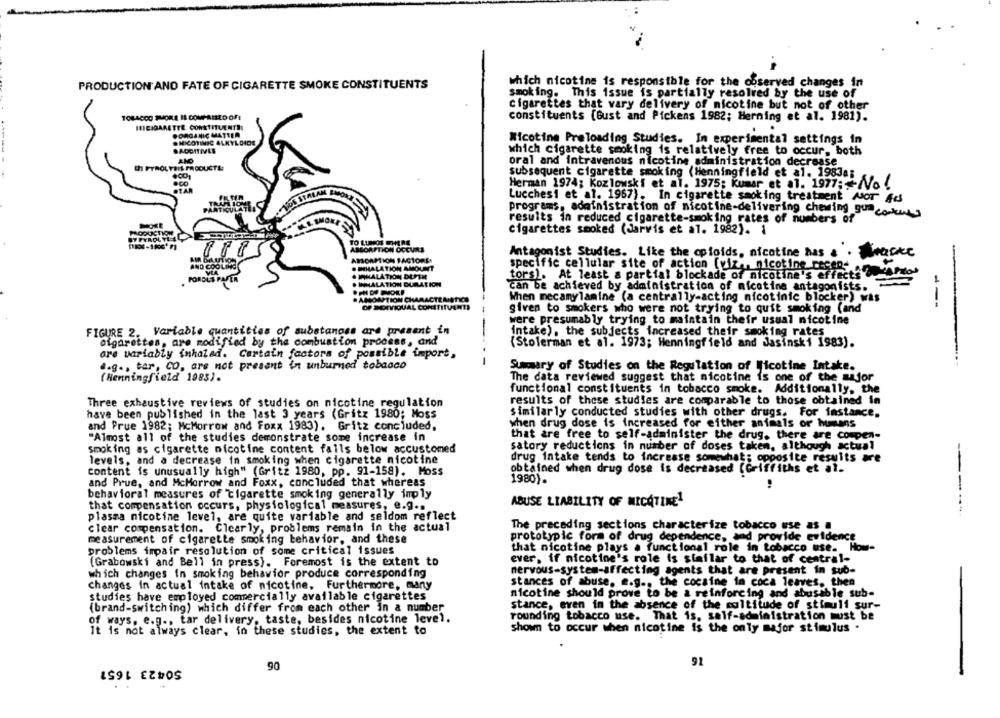
PRODUCTION AND FATE OF CIGARETTE SMOKE CONSTITUENTS
which nicotine is responsible for the observed changes in
smoking. This issue is partially resolved by the use of
Cigarettes that vary delivery of nicotine but not of other
TOBACCO SHORE IL COMPARED OF!
constituents [Gust and Pickens 1982; Herning et al. 1981).
HICIGARETTE CONSTITUENTS:
ORGANIC MATTER
.NICOTINIC ALKYLDIDE
Nicotine Preloading Studies. In experimental settings in
.ADDITIVES
which cigarette smoking is relatively free to occur, both
oral and intravenous nicotine administration decrease
subsequent cigarette smoking (Henningfield et al. 1983a;
Herman 1974; Kozlowski et al. 1975; Kumar et al. 1977;++No .
STAR
Lucchesi et al. 1967). In cigarette smoking treatment MOT fd
programs, administration of nicotine-delivering chewing gumcooking
results in reduced cigarette-smoking rates of numbers of
cigarettes smoked (Jarvis et al. 1982). 1
E
PY PYROL VE AL
TO LUNDI WHERE
ABSORPTION OCCURLE
Antagonist Studies. Like the opioids, nicotine has a . anke
ABSORPTION FACTORES
AND COOL
-
. SIHALATION AMOUNT
specific cellular site of action (viz, nicotine recess anacardos
POROLT PA
& INHALATION DUFTH
tors). At least a partial blockade of nicotine's effects
& INHALATION DURATION
can be achieved by administration of nicotine antagonists.
AMOMPTION CHARACTERISTICS
When mecanylamine (a centrally-acting nicotinic blocker) was
OF SONVIQUAL CONSTITUENTS
given to smokers who were not trying to quit smoking (and
---
were presumably trying to maintain their usual nicotine
-
FIGURE 2. Variable quantities of substanass are present in
intake), the subjects increased their smoking rates
cigarettes, are modified by the combustion process, and
--
(Stolerman et al. 1973; Henningfield and Jasinski 1983).
are variably inhaled. Certain factors of possible import,
e.g ., tar, CO, are not present in unburned tobacco
- -
Summary of Studies on the Regulation of Nicotine Intake.
(Henningfield 1083).
The data reviewed suggest that nicotine is one of the major
functional constituents in tobacco smoke. Additionally, the
results of these studies are comparable to those obtained in
Three exhaustive reviews of studies on nicotine regulation
have been published in the last 3 years (Gritz 1980; Moss
similarly conducted studies with other drugs. For instance.
when drug dose is increased for either animals or humans
and Prue 1982; McMorrow and Foxx 1983), Gritz concluded,
"Almost all of the studies demonstrate some increase in
that are free to self-administer the drug, there are compen-
satory reductions in number of doses taken, although actual
smoking as cigarette nicotine content falls below accustomed
levels, and a decrease in smoking when cigarette nicotine
drug intake tends to increase somewhat; opposite results are
content is unusually high" (Gritz 1980, pp. 91-158). Moss
obtained when drug dose is decreased [Griffiths et al.
1980) .
and Prue, and McMorrow and Foxx, concluded that whereas
behavioral measures of Cigarette smoking generally imply
ABUSE LIABILITY OF NICOTINE1
that compensation occurs, physiological measures, e.g ..
-----.
plasma nicotine level, are quite variable and seldom reflect
clear compensation. Clearly, problems remain in the actual
The preceding sections characterize tobacco use as a
measurement of cigarette smoking behavior, and these
prototypic form of drug dependence, and provide evidence
problems impair resolution of some critical issues
that nicotine plays a functional role in tobacco use. How-
ever, if nicotine's role is staflar to that of central-
(Grabowski and Bell in press). Foremost is the extent to
which changes in smoking behavior produce corresponding
nervous-system-affecting agents that are present in sub-
stances of abuse, e.g ., the cocaine in coca leaves, then
changes in actual intake of nicotine. Furthermore, many
studies have employed commercially available cigarettes
nicotine should prove to be a reinforcing and abusable sub-
(brand-switching) which differ from each other in a number
stance, even in the absence of the multitude of stimuli sur-
rounding tobacco use. That is, self-administration must be
of ways, e.g ., tar delivery, taste, besides nicotine level.
It is not always clear, in these studies, the extent to
shown to occur when nicotine is the only major stimulus .
S0423 1657
90
91